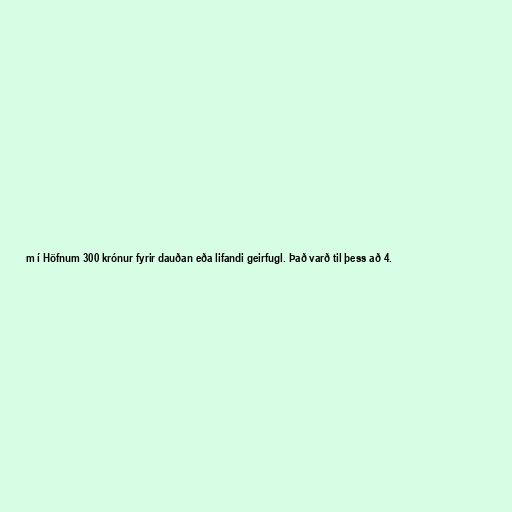
m í Höfnum 300 krónur fyrir dauðan eða lifandi geirfugl. Það varð til þess að 4.